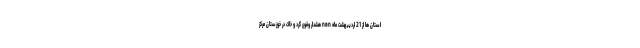
استان ها از 21 اردیبهشت ماه nan هشدار وقوع گرد و خاک در خوزستان مرکز